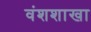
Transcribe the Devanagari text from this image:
वंशशाखा